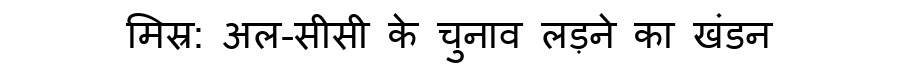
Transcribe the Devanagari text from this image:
मिस्र: अल-सीसी के चुनाव लड़ने का खंडन